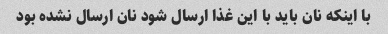
با اینکه نان باید با این غذا ارسال شود نان ارسال نشده بود